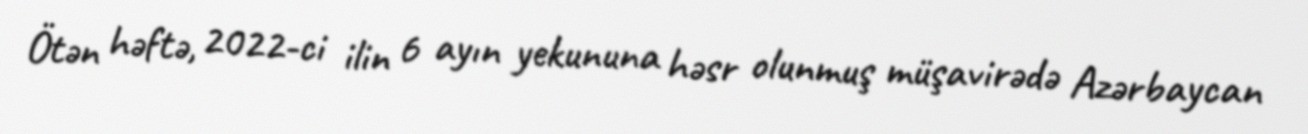
Ötən həftə, 2022-ci ilin 6 ayın yekununa həsr olunmuş müşavirədə Azərbaycan